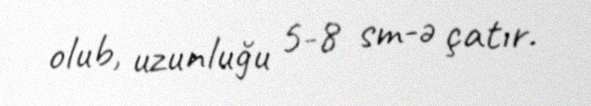
olub, uzunluğu 5-8 sm-ə çatır.